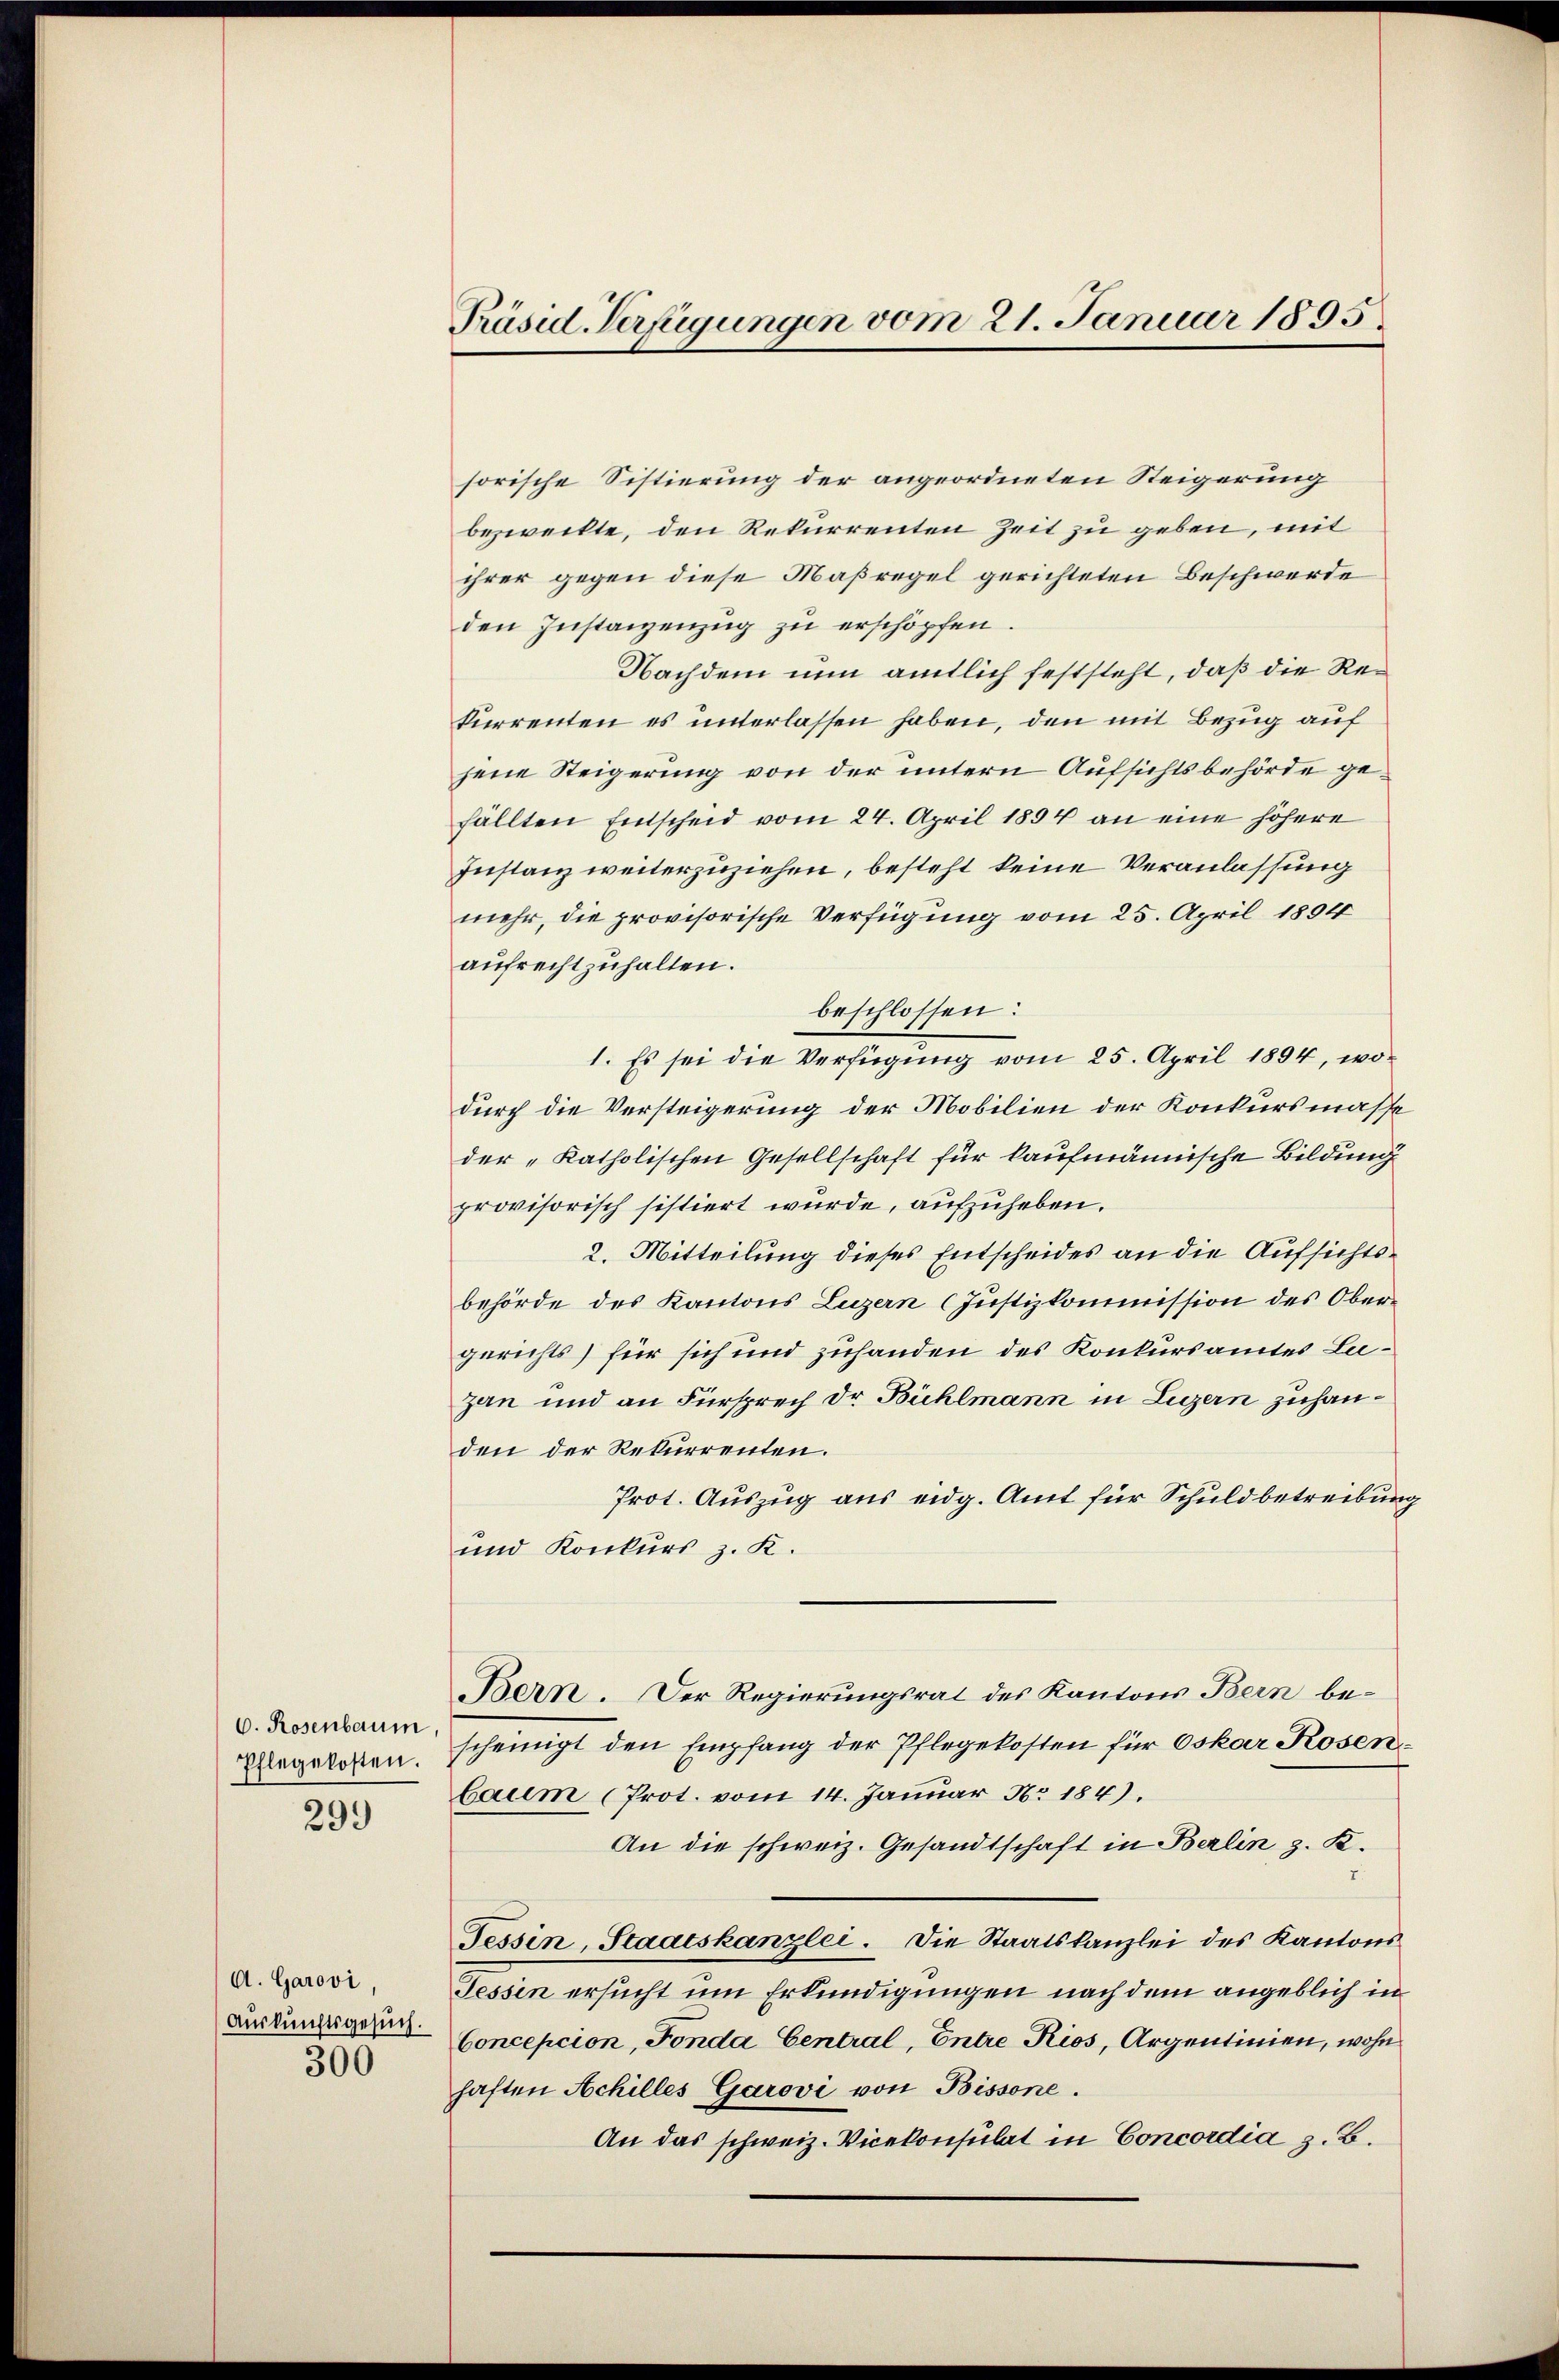
6. Rosenbaum,
Pflegekosten.

299

A. Garovi,
300

Präsid. Verfügungen vom 21. Januar 1895.

sorische Sistierung der angeordneten Steigerung
bezweckte, den Rekurrenten Zeit zu geben, mit
ihrer gegen diese Maßregel gerichteten Beschwerde
den Instanzenzug zu erschöpfen.
Nachdem nun amtlich feststeht, daß die Rekurrenten es unterlassen haben, den mit Bezug auf
jene Steigerung von der untern Aufsichtsbehörde gefällten Entscheid vom 24. April 1894 an eine höhere
Instanz weiterzuziehen, besteht keine Veranlassung
mehr, die provisorische Verfügung vom 25. April 1804
aufrechtzuhalten.
beschlossen:
1. Es sei die Verfügung vom 25. April 1894, wodurch die Versteigerung der Mobilien der Konkursmasse
der „katholischen Gesellschaft für kaufmännische Bildung
provisorisch sistiert wurde, aufzuheben.
2. Mitteilung dieses Entscheides an die Aufsichtsbehörde des Kantons Luzern (Justizkommission des Obergerichts) für sich und zuhanden des Konkursamtes Luzan und an Fürsprech Dr Bühlmann in Luzern zuhanden der Rekurrenten.
Prot. Auszug aus eidg. Amt für Schuldbetreibung
und Konkurs z. K.
Bern. Der Regierungsrat des Kantons Bern bescheinigt den Empfang der Pflegekosten für Oskar Rosenbaum (Prot. vom 14. Januar Nr 184).
An die schweiz. Gesandtschaft in Berlin z. K.
Tessin, Staatskanzlei. Die Staatskanzlei des Kantons
Tessin ersucht um Erkundigungen nach dem angeblich in
auskünftigen Concescion, Fonda Central, Entre Rios, Argentinien, wohn
haften Achilles Garovi von Bissone.
An das schweiz. Vicekonsulat in Concordia z. B.